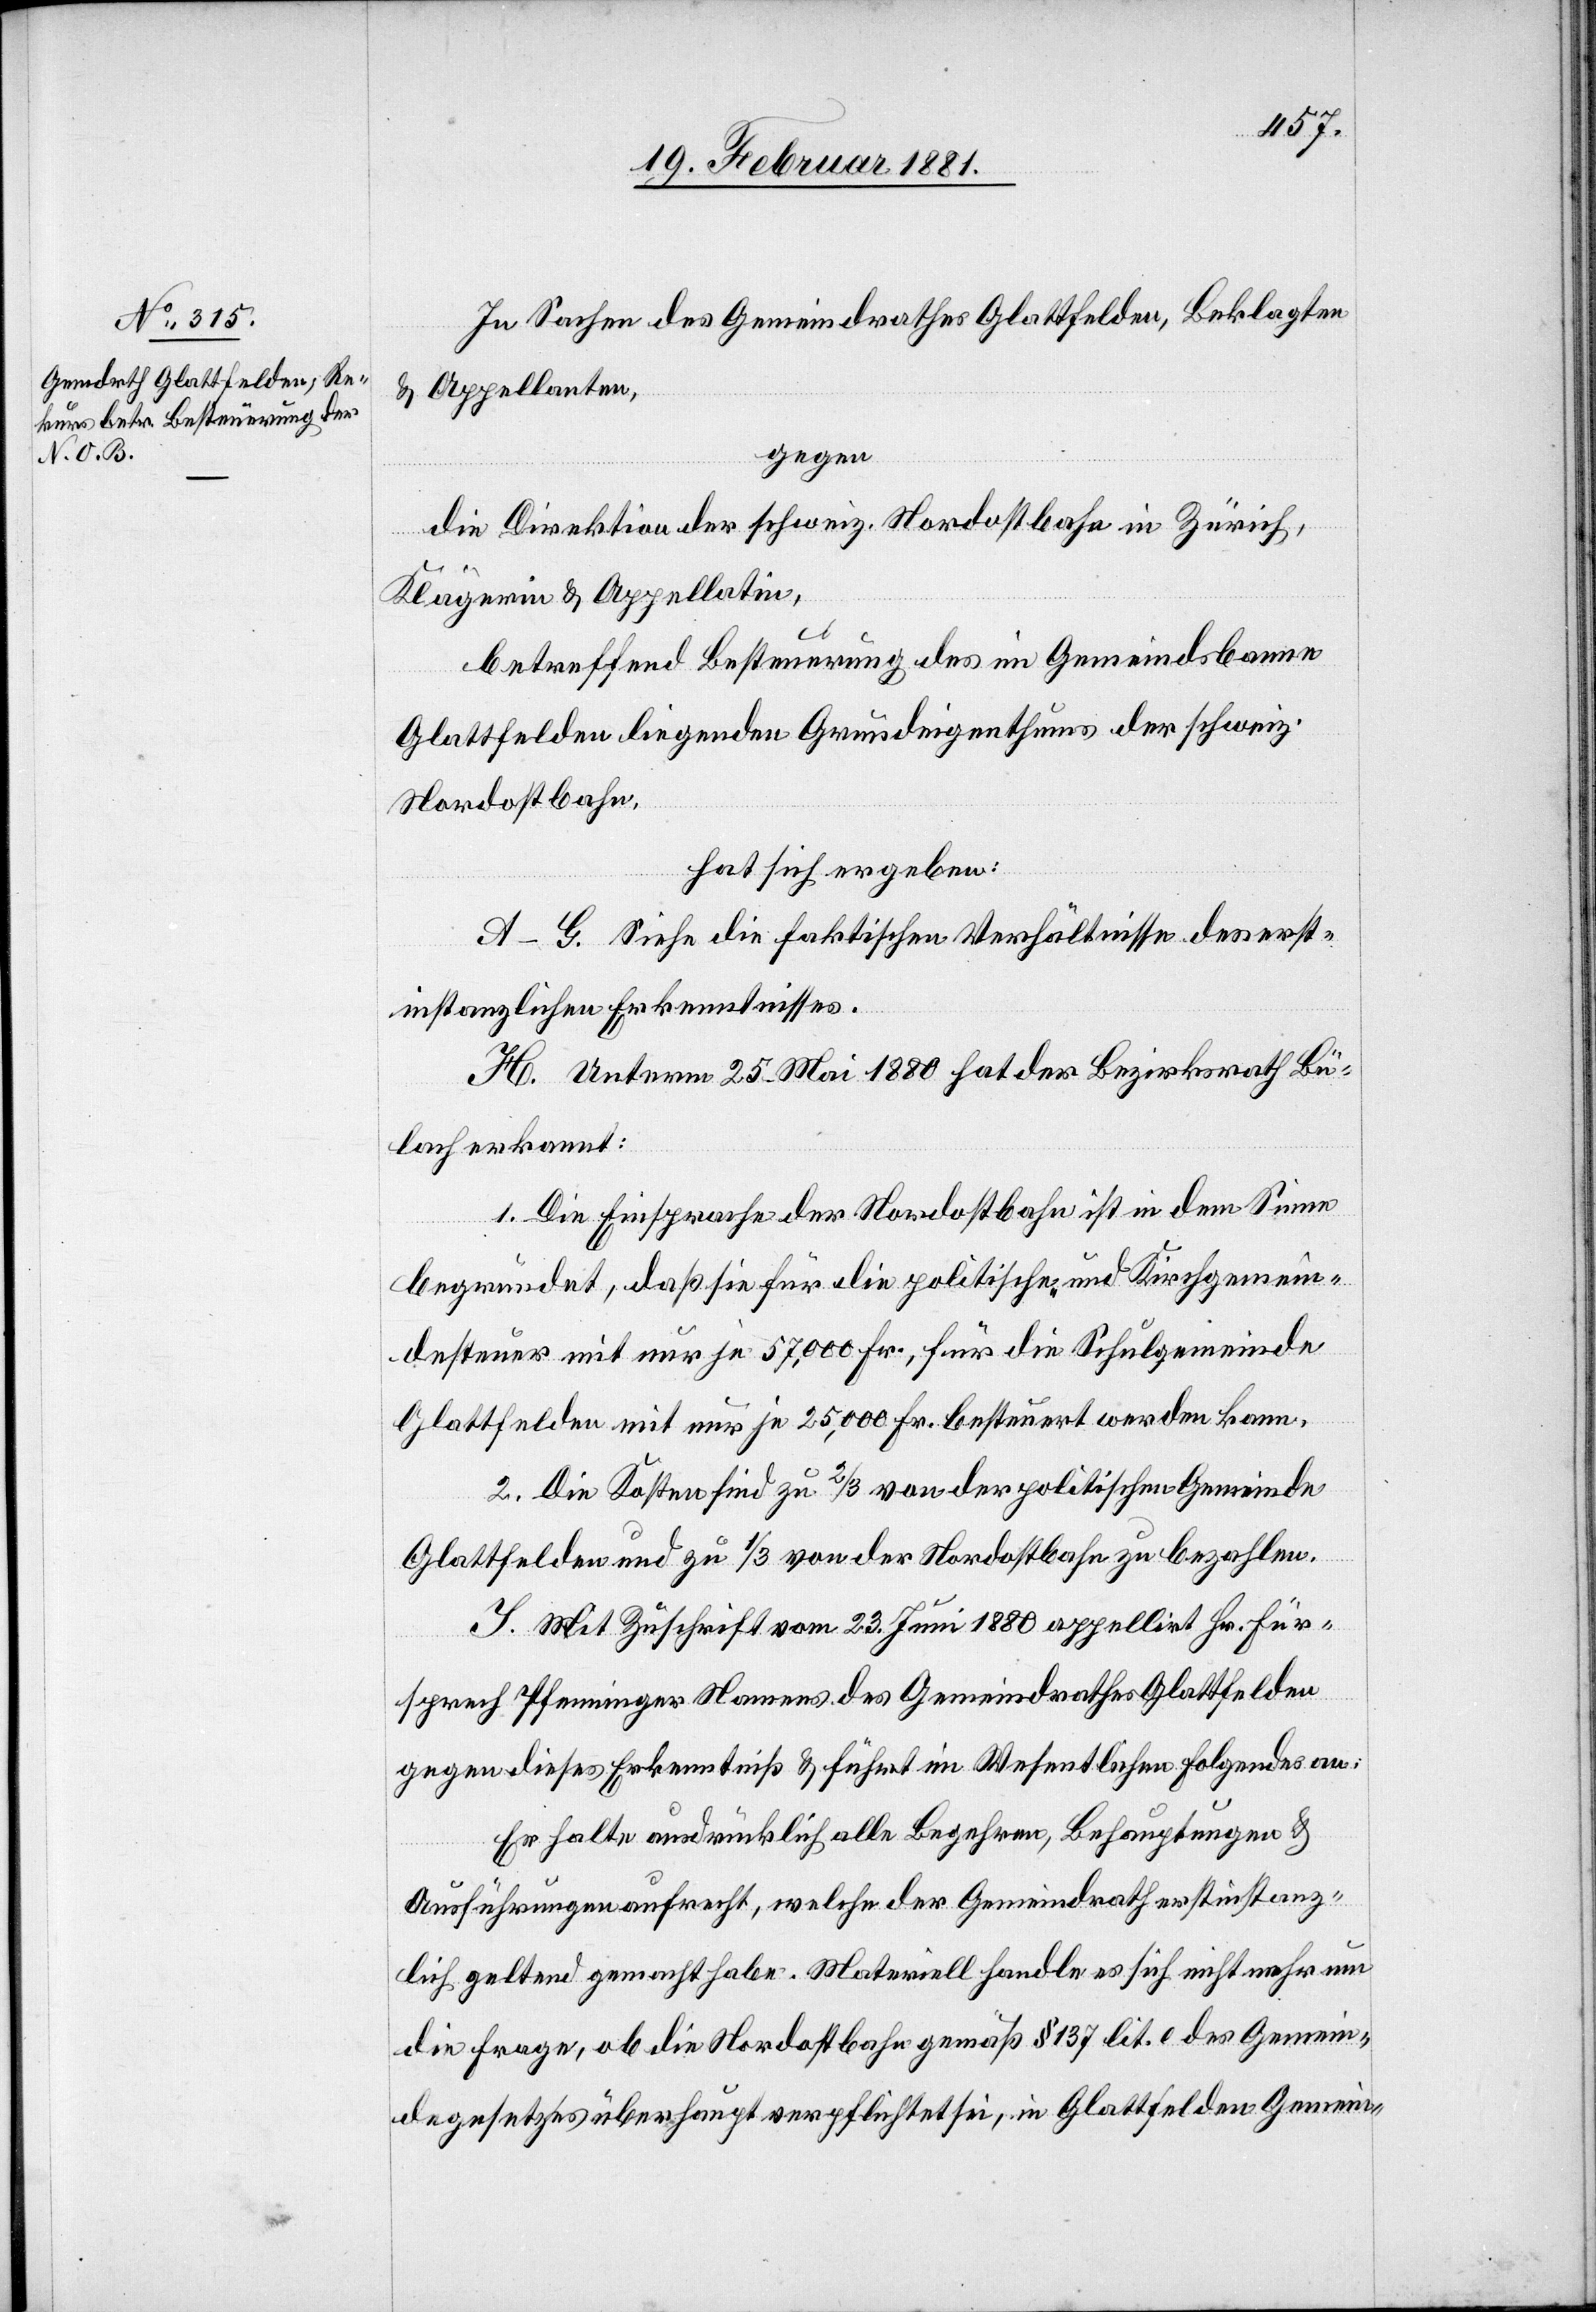
21. Februar 1881.]
In Sachen des Gemeindrathes Glattfelden, Beklagten
& Appellanten,
gegen
die Direktion der schweiz. Nordostbahn in Zürich,
Klägerin & Appellantin,
betreffend Besteuerung des im Gemeindsbanne
Glattfelden liegenden Grundeigenthums der schweiz.
Nordostbahn.
hat sich ergeben:
A–G. Siehe die faktischen Verhältnisse des erst¬
instanzlichen Erkenntnisses.
H. Unterm 25. Mai 1880 hat der Bezirksrath Bü¬
lach erkannt:
1. Die Einsprache der Nordostbahn in dem Sinne
begründet, daß sie für die politische und Kirchgemein¬
desteuer mit nur je 57,000 Fr., für die Schulgemeinde
Glattfelden mit nur je 25,000 Fr. besteuert werden kann.
2. Die Kosten sind zu 2/3 von der politischen Gemeinde
Glattfelden und zu 1/3 von der Nordostbahn zu bezahlen.
I. Mit Zuschrift vom 23. Juni 1880 appellirt Hr. Für¬
sprech Pfenninger Namens des Gemeindrathes Glattfelden
gegen dieses Erkenntniß & führt im Wesentlichen folgendes an:
Er halte ausdrücklich alle Begehren, Behauptungen &
Ausführungen aufrecht, welche der Gemeindrath erstinstanz¬
lich geltend gemacht habe. Materiell handle es sich nicht mehr um
die Frage, ob die Nordostbahn gemäß § 137 lit. e des Gemein¬
degesetzes überhaupt verpflichtet sei, in Glattfelden Gemein-